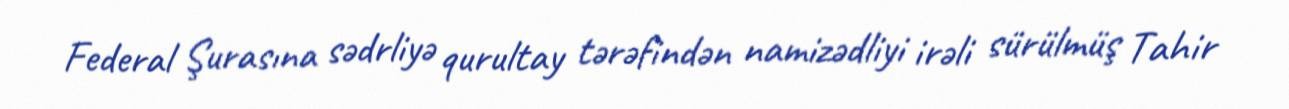
Federal Şurasına sədrliyə qurultay tərəfindən namizədliyi irəli sürülmüş Tahir